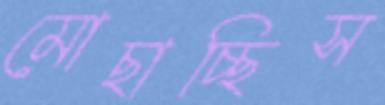
মোছাচ্ছিস